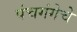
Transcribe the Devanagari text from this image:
पंचगंगेचे